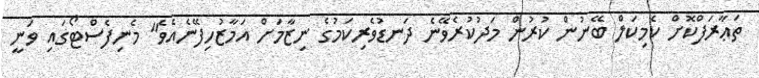
ތަޢާރަފްކޮށް ކެމިކަލް ބޭނުން ކުރުން މަދުކުރެވޭނެ ދަނޑުވެރިކަމުގެ ނިޒާމަށް އަމާޒުހިފޭނެއެވެ" މެނިފެސްޓޯގައި ވަނީ